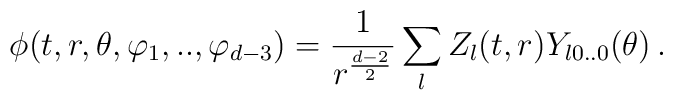
\phi(t,r,\theta,\varphi_1,..,\varphi_{d-3})=  \frac{1}{r^{\frac{d-2}{2}}}\sum_{l}Z_l(t,r) Y_{l0..0}(\theta)\,.